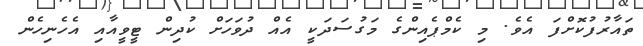
ތައާރުފުކޮށްފަ އެވެ. މި ކެމްޕެއިންގެ މަގުސަދަކީ އެއް ދުވަހަށް ކުދިން ޓީވީއާއި އެހެނިހެން